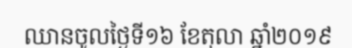
ឈានចូលថ្ងៃទី១៦ ខែតុលា ឆ្នាំ២០១៩